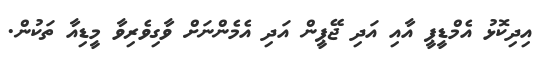
އިދިކޮޅު އެމްޑީޕީ އާއި އަދި ޖޭޕީން އަދި އެމެންނަށް ވާގިވެރިވާ މީޑިއާ ތަކުން.